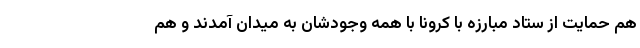
هم حمایت از ستاد مبارزه با کرونا با همه وجودشان به میدان آمدند و هم